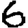
Digit: 6